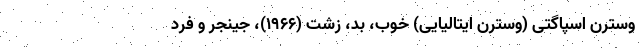
وسترن اسپاگتی (وسترن ایتالیایی) خوب، بد، زشت (۱۹۶۶)، جینجر و فرد